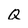
Character: Q